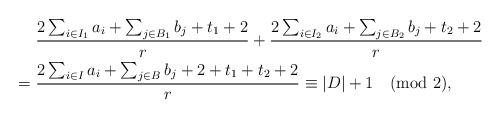
LaTeX: \begin{align*}&\frac{2\sum_{i \in I_1} a_i + \sum_{j \in B_1} b_j + t_1 + 2 }{r} + \frac{2\sum_{i \in I_2} a_i + \sum_{j \in B_2} b_j + t_2 + 2 }{r}\\= {} & \frac{2\sum_{i \in I} a_i + \sum_{j \in B} b_j + 2 + t_1 +t_2 + 2 }{r}\equiv |D| + 1 \pmod 2,\end{align*}